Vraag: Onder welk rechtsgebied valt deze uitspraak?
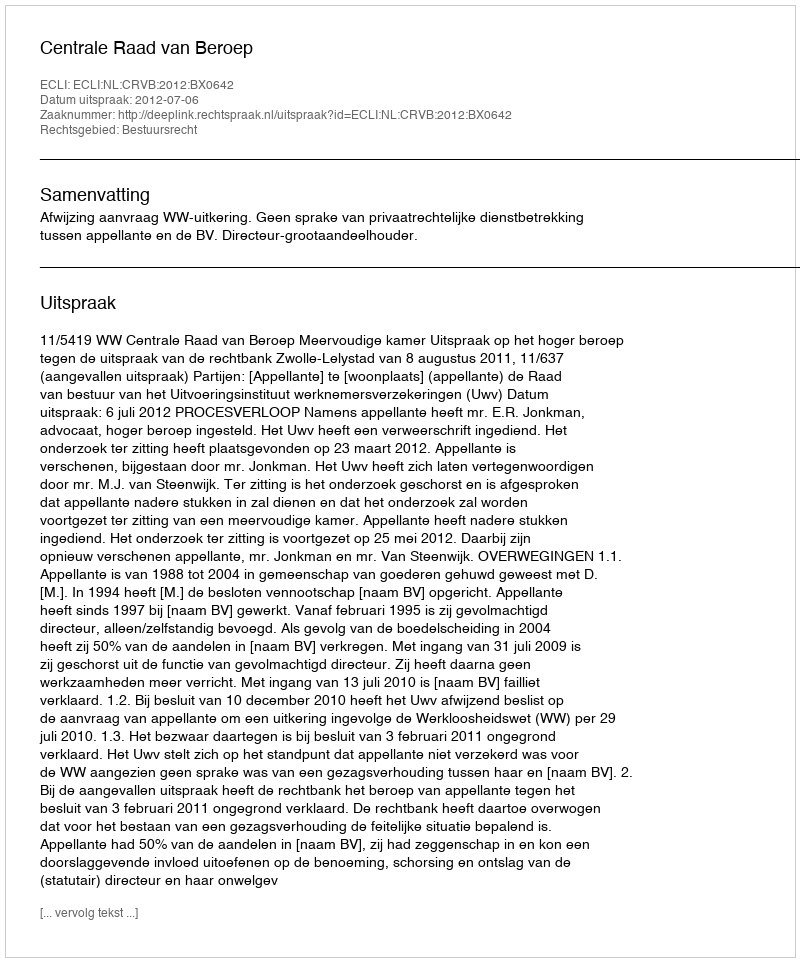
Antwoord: Bestuursrecht